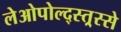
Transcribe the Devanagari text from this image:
लेओपोल्द्स्त्र्स्से